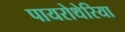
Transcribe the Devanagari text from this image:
पायरोथेरिया